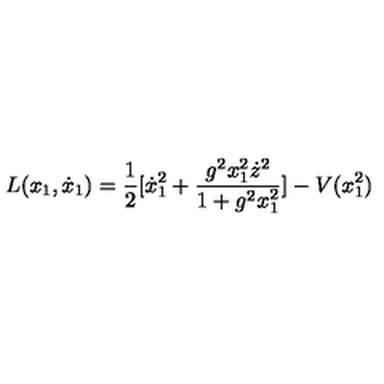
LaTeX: L ( x _ { 1 } , \dot { x } _ { 1 } ) = \frac { 1 } { 2 } [ \dot { x } _ { 1 } ^ { 2 } + \frac { g ^ { 2 } x _ { 1 } ^ { 2 } \dot { z } ^ { 2 } } { 1 + g ^ { 2 } x _ { 1 } ^ { 2 } } ] - V ( x _ { 1 } ^ { 2 } )